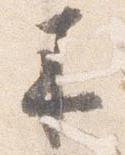
来